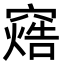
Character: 𬔓